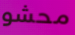
محشو